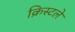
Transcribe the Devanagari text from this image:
क्रिस्टले